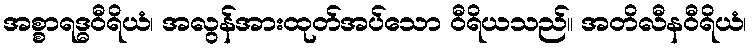
အစ္စာရဒ္ဓဝီရိယံ၊ အလွန်အားထုတ်အပ်သော ဝီရိယသည်။ အတိလီနဝီရိယံ၊